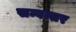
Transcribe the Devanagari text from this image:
सम्वत्सर